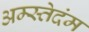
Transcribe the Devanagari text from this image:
अम्स्तेदंम